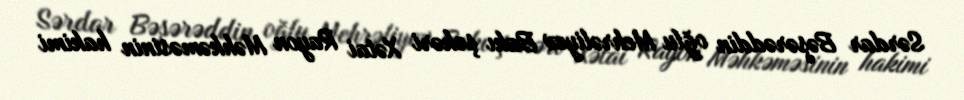
Sərdar Bəşərəddin oğlu Mehrəliyev Bakı şəhəri Xətai Rayon Məhkəməsinin hakimi